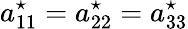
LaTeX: a_{11}^{\star}=a_{22}^{\star}=a_{33}^{\star}